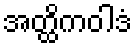
အတ္ထိကဝါဒံ